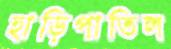
হাড়িপাতিল